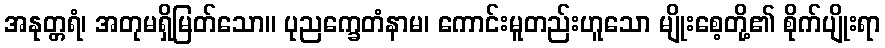
အနုတ္တရံ၊ အတုမရှိမြတ်သော။ ပုညက္ခေတံနာမ၊ ကောင်းမူတည်းဟူသော မျိုးစေ့တို့၏ စိုက်ပျိုးရာ